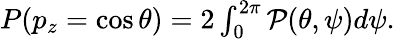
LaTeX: \begin{array}{r}{P(p_{z}=\cos\theta)=2\int_{0}^{2\pi}\mathcal{P}(\theta,\psi)d\psi.}\end{array}